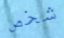
شخص